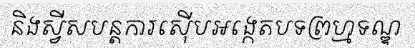
និងស្វីសបន្តការស៊ើបអង្កេតបទព្រហ្មទណ្ឌ